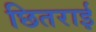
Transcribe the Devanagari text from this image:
छितराई